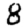
Digit: 8